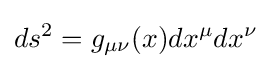
ds^{2}=g_{\mu \nu }(x)dx^{\mu }dx^{\nu }